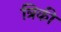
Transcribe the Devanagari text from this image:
त्रिकी